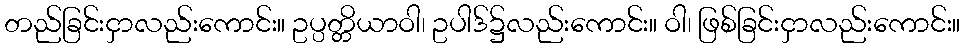
တည်ခြင်းငှာလည်းကောင်း။ ဥပ္ပတ္တိယာဝါ၊ ဥပါဒ်၌လည်းကောင်း။ ဝါ၊ ဖြစ်ခြင်းငှာလည်းကောင်း။